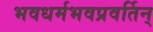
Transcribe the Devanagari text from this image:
भवधर्मभवप्रवर्तिन्